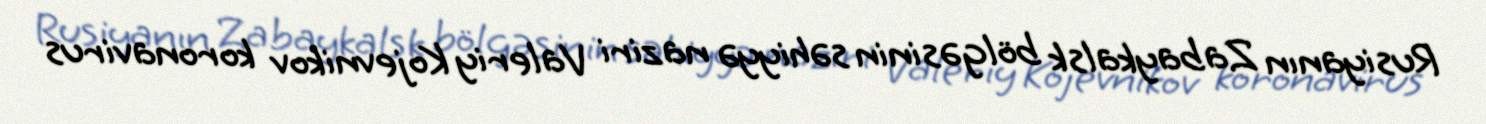
Rusiyanın Zabaykalsk bölgəsinin səhiyyə naziri Valeriy Kojevnikov koronavirus